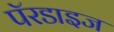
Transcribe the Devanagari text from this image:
पॅरडाइज